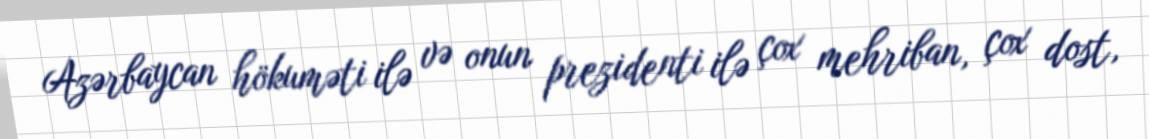
Azərbaycan hökuməti ilə və onun prezidenti ilə çox mehriban, çox dost,